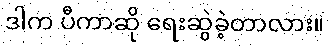
ဒါက ပီကာဆို ရေးဆွဲခဲ့တာလား။